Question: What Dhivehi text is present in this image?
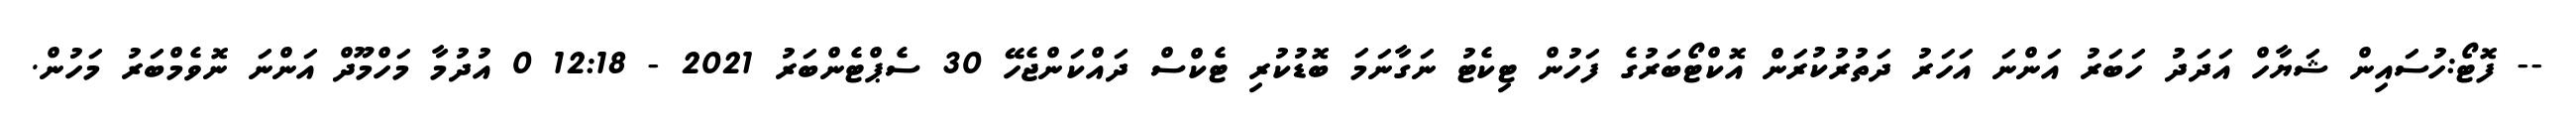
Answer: -- ފޮޓޯ:ހުސައިން ޝަޔާހް އަދަދު ހަބަރު އަންނަ އަހަރު ދަތުރުކުރަން އޮކްޓޯބަރުގެ ފަހުން ޓިކެޓު ނަގާނަމަ ބޮޑުކުރި ޓެކްސް ދައްކަންޖެހޭ 30 ސެޕްޓެންބަރު 2021 - 12:18 0 އުދުމާ މަހްމޫދް އަންނަ ނޮވެމްބަރު މަހުން.